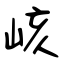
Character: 峐